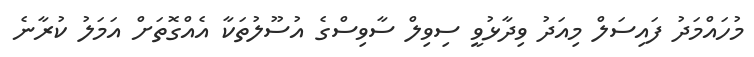
މުހައްމަދު ފައިސަލް މިއަދު ވިދާޅުވީ ސިވިލް ސާވިސްގެ އުސޫލުތަކާ އެއްގޮތަށް އަމަލު ކުރާނެ